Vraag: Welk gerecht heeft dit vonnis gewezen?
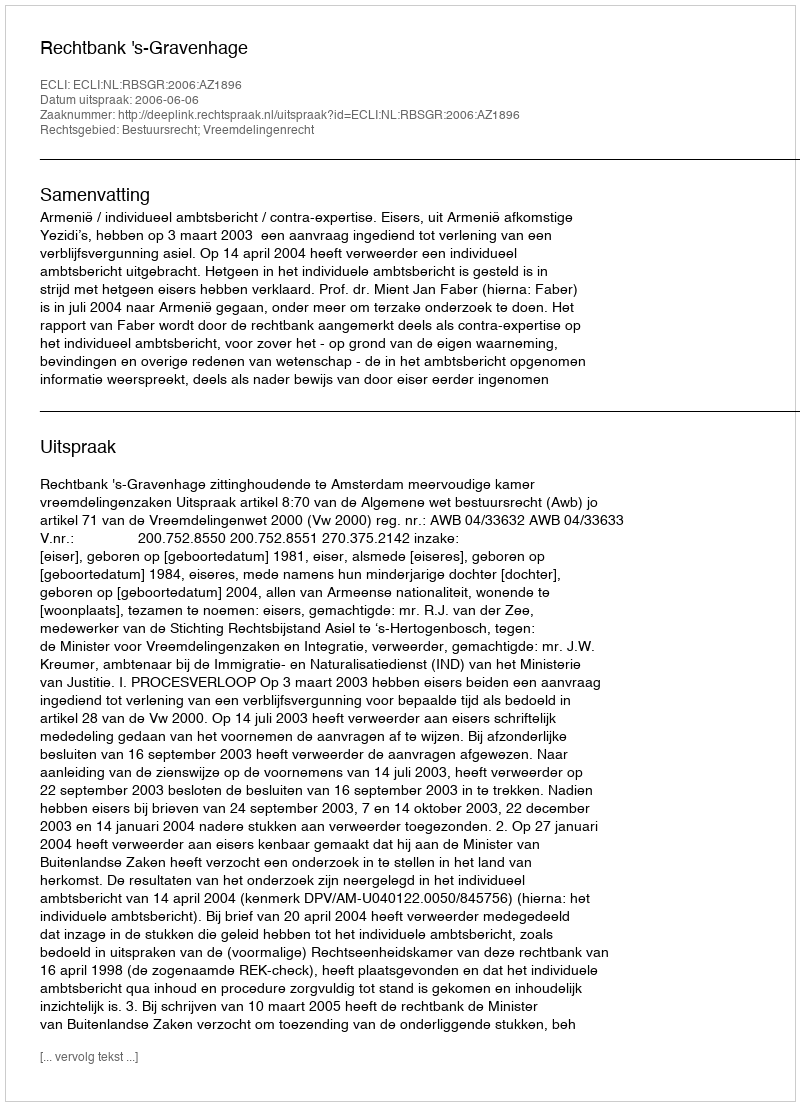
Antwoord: Rechtbank 's-Gravenhage